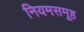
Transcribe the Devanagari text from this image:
नियमसमूह